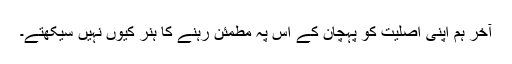
آخر ہم اپنی اصلیت کو پہچان کے اس پہ مطمئن رہنے کا ہنر کیوں نہیں سیکھتے۔